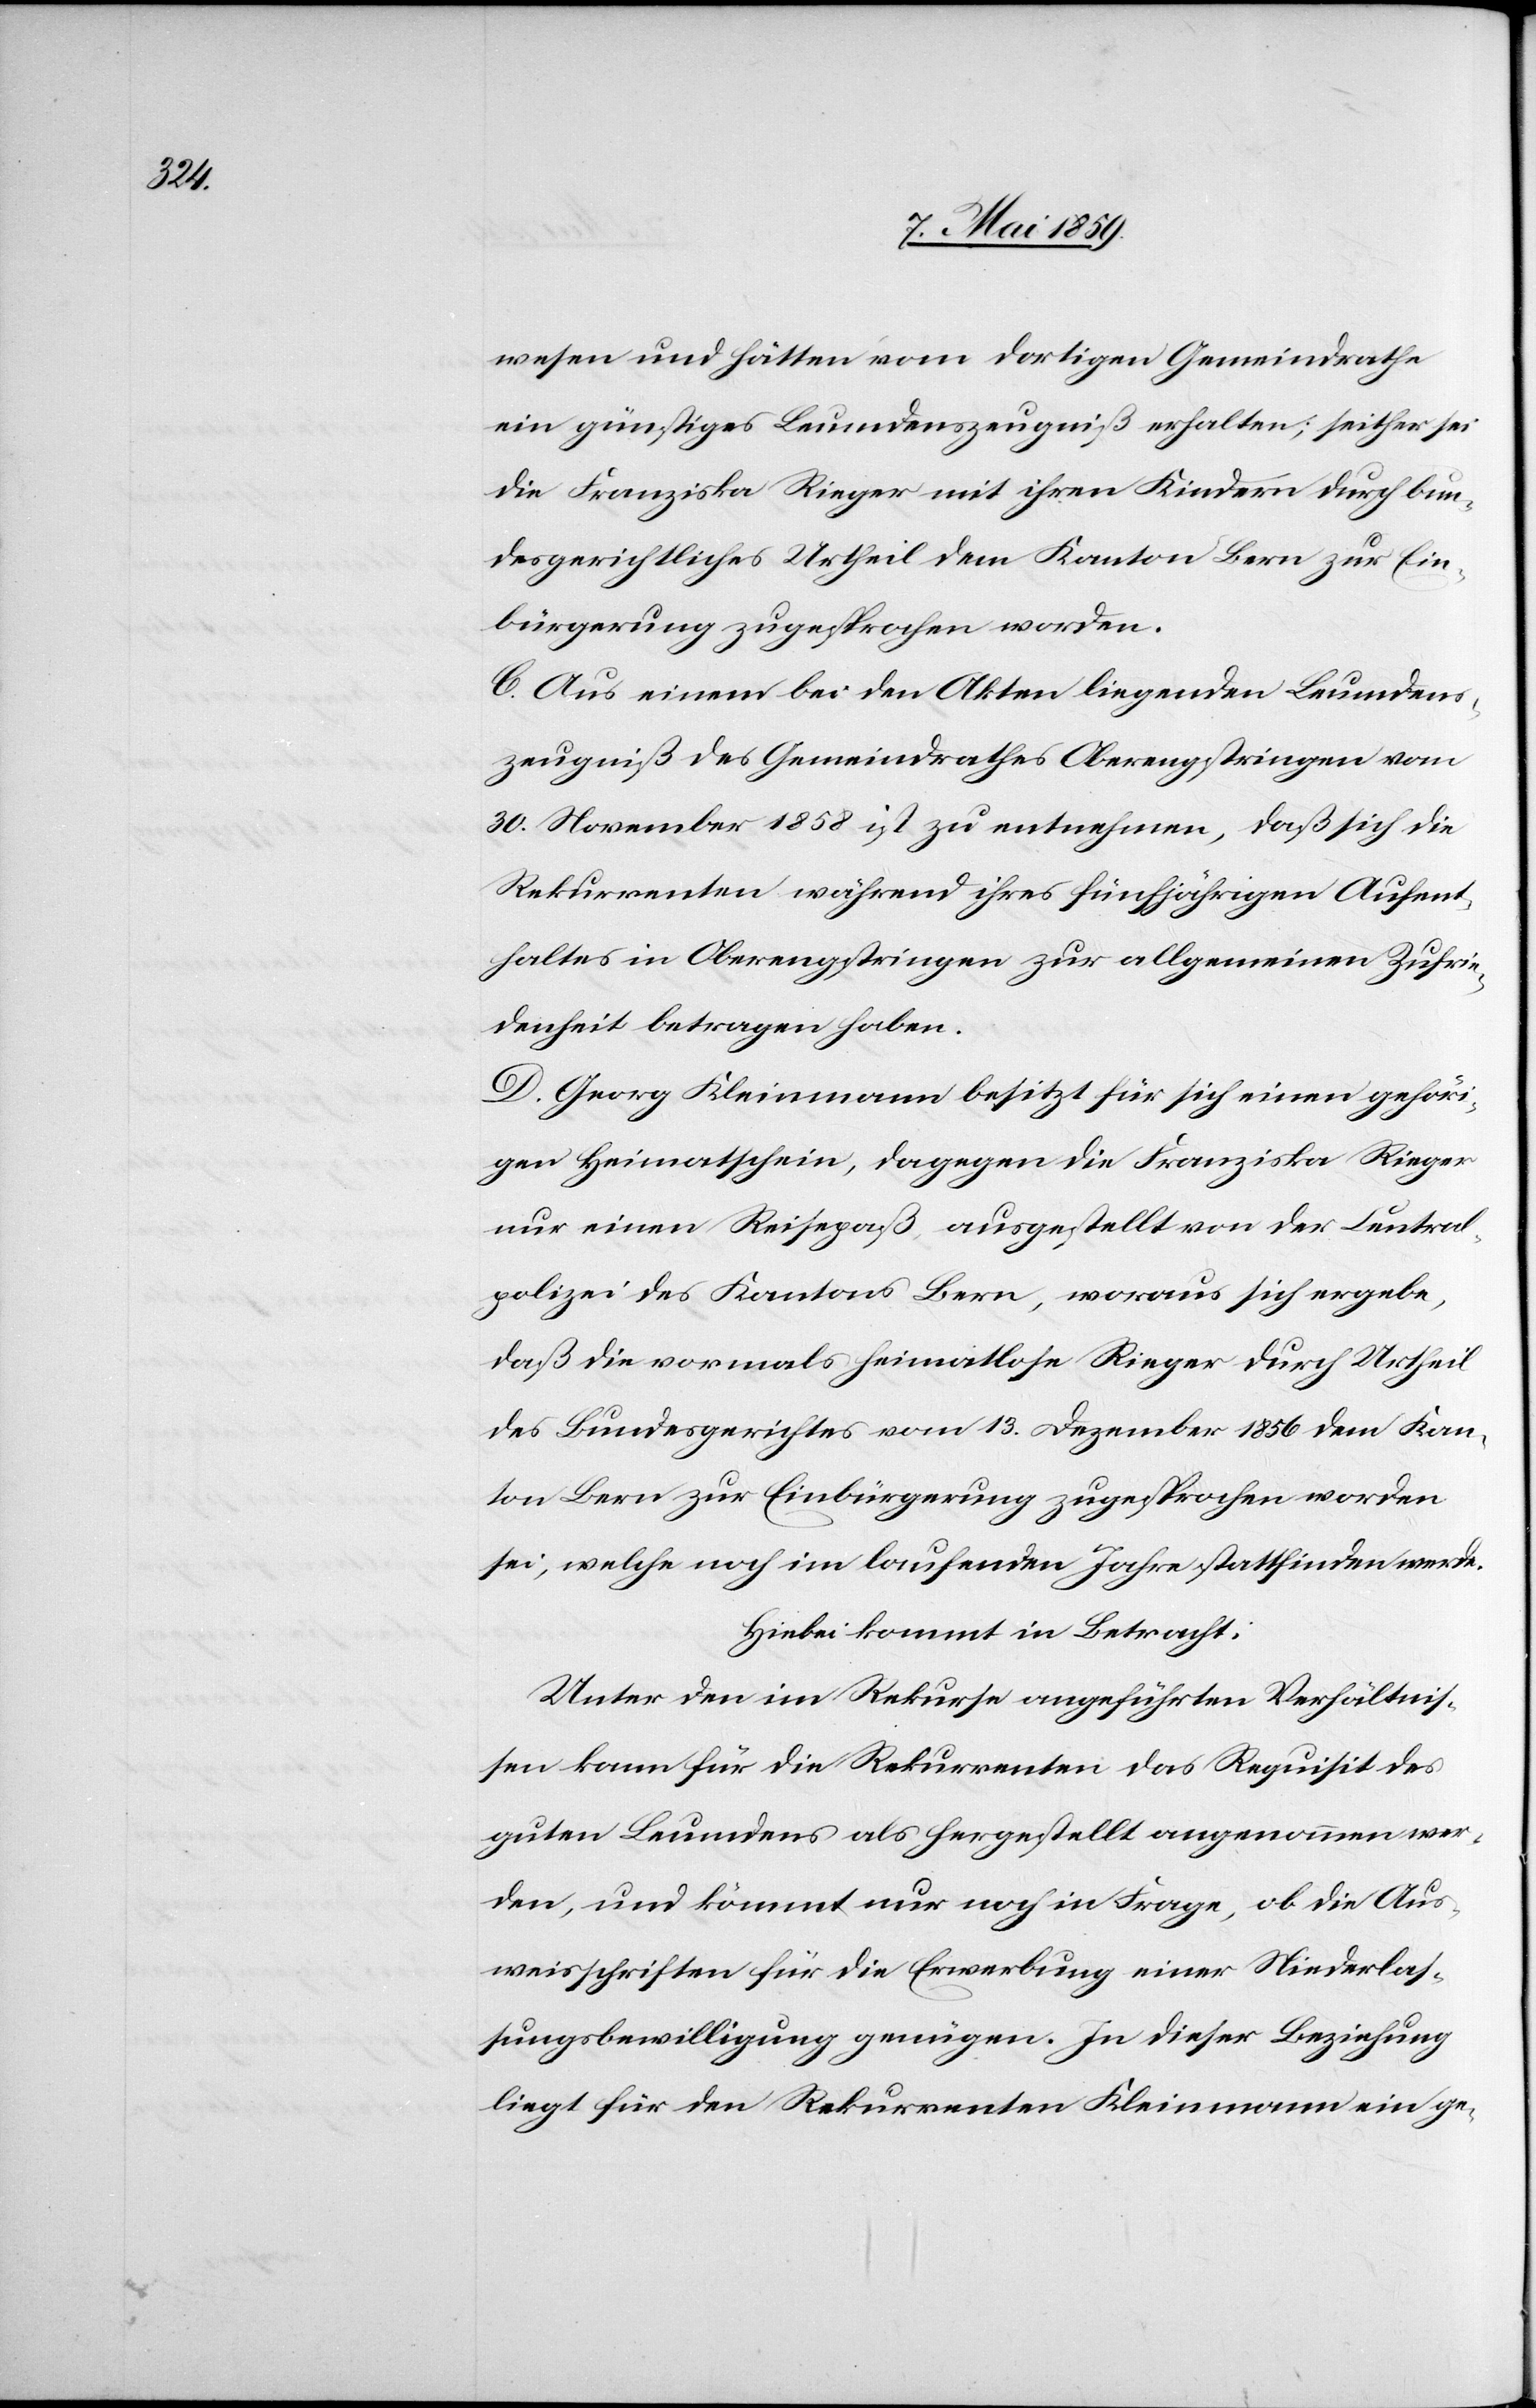
wesen und hätten vom dortigen Gemeindrathe
ein günstiges Leumdenszeugniß erhalten; seither sei
die Franziska Rieger mit ihren Kindern durch bun¬
desgerichtliches Urtheil dem Kanton Bern zur Ein¬
bürgerung zugesprochen worden.
C. Aus einem bei den Akten liegenden Leumdens¬
zeugniß des Gemeindrathes Oberengstringen vom
30. November 1858 ist zu entnehmen, daß sich die
Rekurrenten während ihres fünfjährigen Aufent¬
haltes in Oberengstringen zur allgemeinen Zufrie¬
denheit betragen haben.
D. Georg Kleinmann besitzt für sich einen gehöri¬
gen Heimatschein, dagegen die Franziska Rieger
nur einen Reisepaß, ausgestellt von der Central¬
polizei des Kantons Bern, woraus sich ergebe,
daß die vormals heimatlose Rieger durch Urtheil
des Bundesgerichtes vom 13. Dezember 1856 dem Kan¬
ton Bern zur Einbürgerung zugesprochen worden
sei, welche noch im laufenden Jahre stattfinden werde.
Hiebei kommt in Betracht:
Unter den im Rekurse angeführten Verhältniß¬
en kann für die Rekurrenten das Requisit des
guten Leumdens als hergestellt angenommen wer¬
den, und kömmt nur noch in Frage, ob die Aus¬
weisschriften für die Erwerbung einer Niederlaß¬
ungsbewilligung genügen. In dieser Beziehung
liegt für den Rekurrenten Kleinmann ein ge-